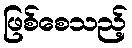
ဖြစ်စေသည့်